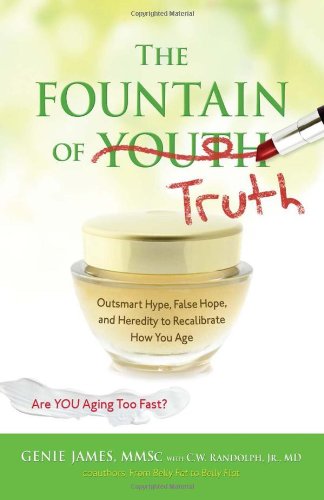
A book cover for The Fountain of Truth: Outsmart Hype, False Hope, and Heredity to Recalibrate How You Age; Gene James; Health, Fitness & Dieting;